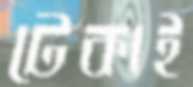
টেকাই